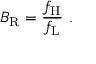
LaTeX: B _ { \mathrm { R } } = { \frac { f _ { \mathrm { H } } } { f _ { \mathrm { L } } } } \ .